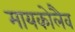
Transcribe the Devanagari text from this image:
मायकोलैव